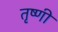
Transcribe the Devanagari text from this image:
तृष्णी